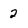
Character: 2